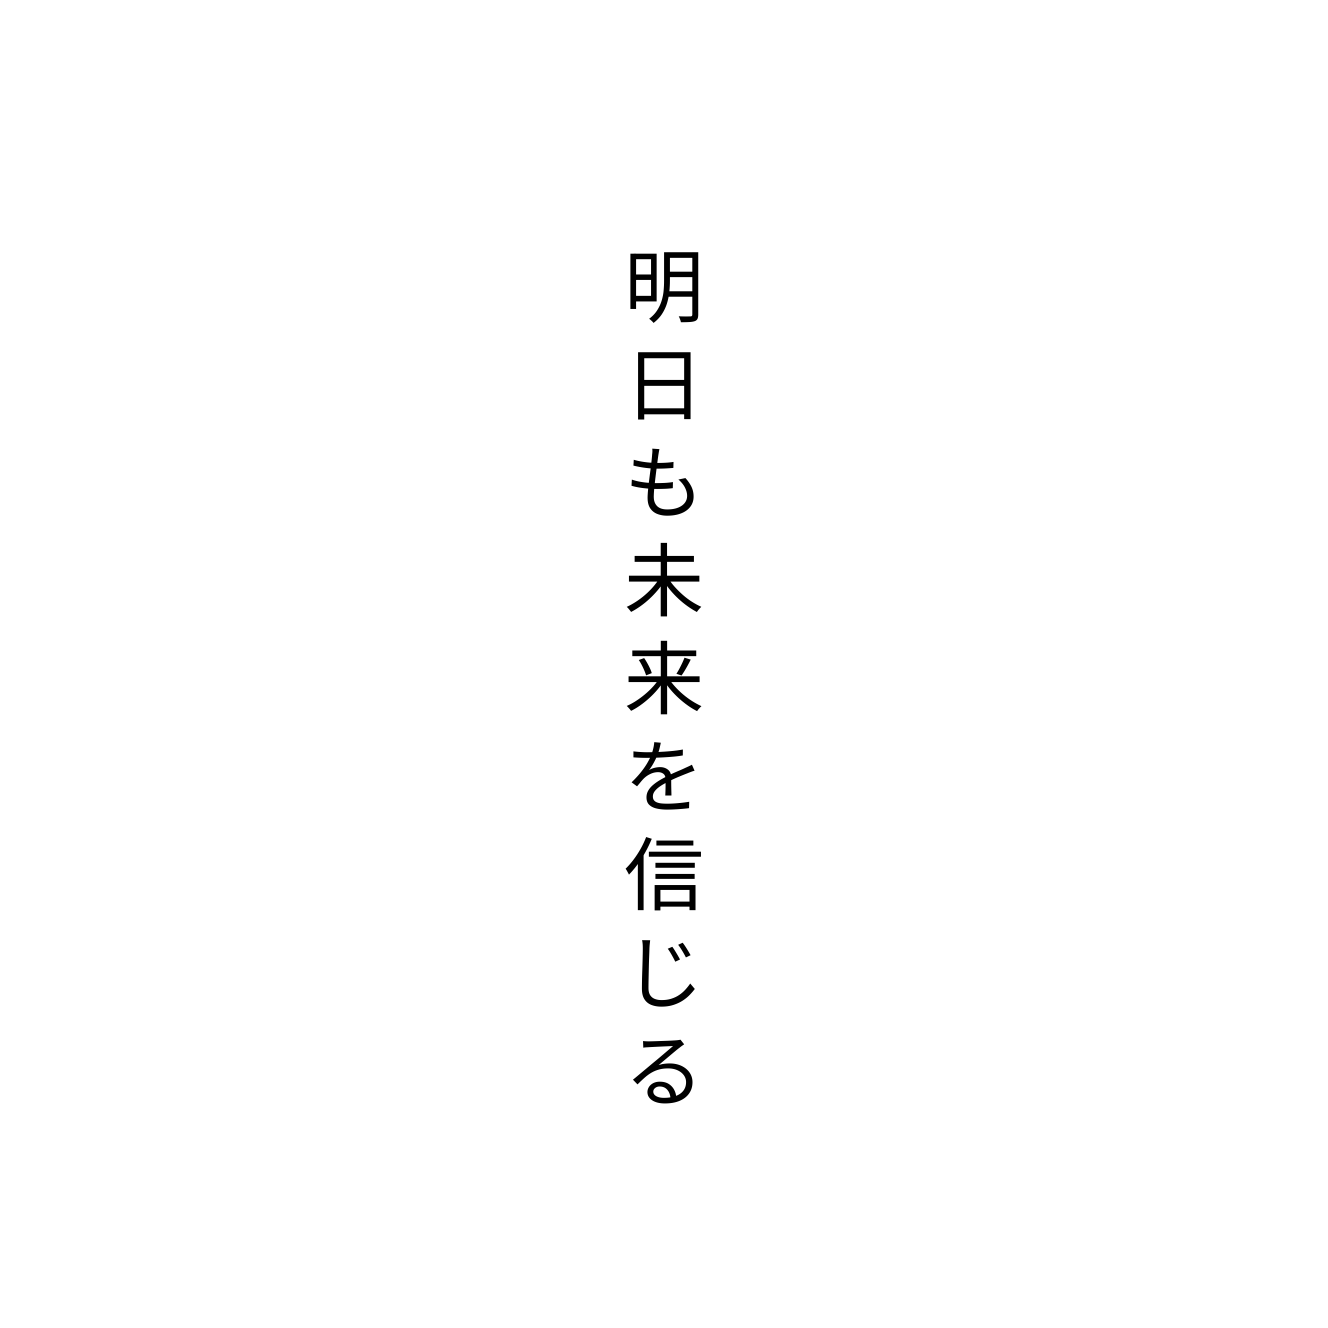
明日も未来を信じる